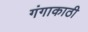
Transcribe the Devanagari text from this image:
गंगाकाठी